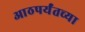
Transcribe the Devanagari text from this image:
आठपर्यंतच्या